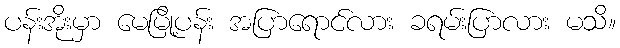
ပန်းအိုးမှာ မေမြို့ပန်း အပြာရောင်လား ခရမ်းပြာလား မသိ။